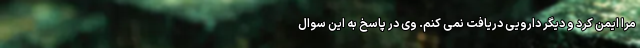
مرا ایمن کرد و دیگر دارویی دریافت نمی کنم. وی در پاسخ به این سوال